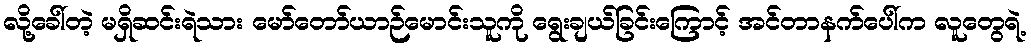
လို့ခေါ်တဲ့ မရှိဆင်းရဲသား မော်တော်ယာဉ်မောင်းသူကို ရွေးချယ်ခြင်းကြောင့် အင်တာနက်ပေါ်က လူတွေရဲ့